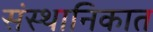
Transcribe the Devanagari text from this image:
संस्थानिकात